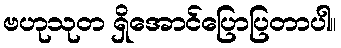
ဗဟုသုတ ရှိအောင်ပြောပြတာပါ။